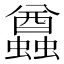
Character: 蠤